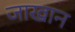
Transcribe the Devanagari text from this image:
जाखान